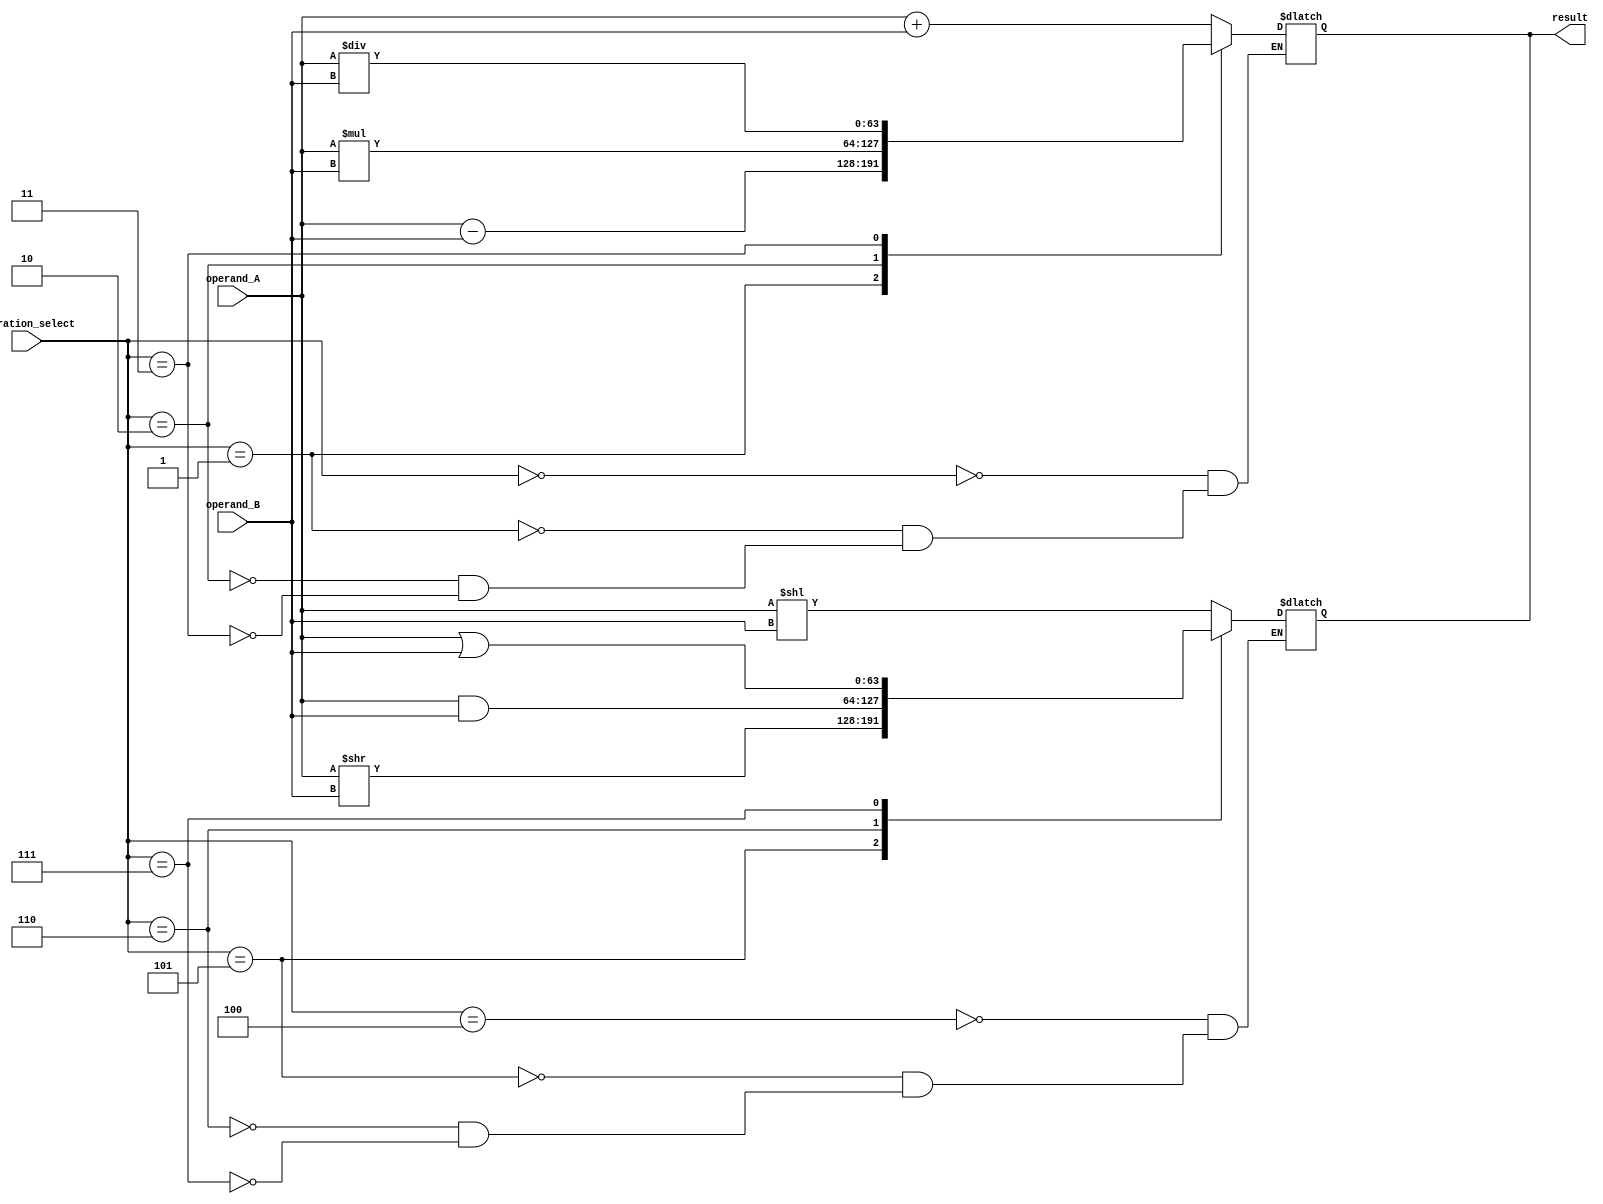
module ALU_64Bit (
    input [63:0] operand_A,
    input [63:0] operand_B,
    input [2:0] operation_select,
    output reg [63:0] result
);

// Arithmetic operations
always @(*)
begin
    case(operation_select)
        3'b000: result = operand_A + operand_B; // Addition
        3'b001: result = operand_A - operand_B; // Subtraction
        3'b010: result = operand_A * operand_B; // Multiplication
        3'b011: result = operand_A / operand_B; // Division
    endcase
end

// Logic operations
always @(*)
begin
    case(operation_select)
        3'b100: result = operand_A << operand_B;  // Shift
        3'b101: result = operand_A >> operand_B;  // Rotate
        3'b110: result = operand_A & operand_B;   // Logical AND
        3'b111: result = operand_A | operand_B;   // Logical OR
    endcase
end

endmodule